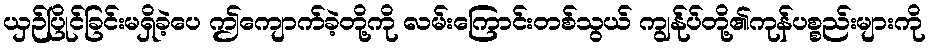
ယှဉ်ပြိုင်ခြင်းမရှိခဲ့ပေ ဤကျောက်ခဲ့တို့ကို လမ်းကြောင်းတစ်သွယ် ကျွန်ုပ်တို့၏ကုန်ပစ္စည်းများကို